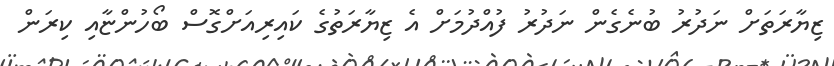
ޒިޔާރަތަށް ނަދުރު ބުނެގެން ނަދުރު ފުއްދުމަށް އެ ޒިޔާރަތުގެ ކައިރިއަށްގޮސް ބޯހުންޏާއި ކިރަން